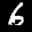
Label: 6